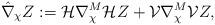
LaTeX: \begin{align*} \hat{\nabla}_{\chi} Z := \mathcal{H}\nabla^M_{\chi}\mathcal{H} Z + \mathcal{V}\nabla^M_{\chi}\mathcal{V} Z, \end{align*}